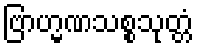
ဗြာဟ္မဏသစ္စသုတ္တံ